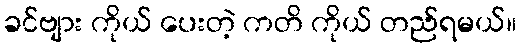
ခင်ဗျား ကိုယ် ပေးတဲ့ ကတိ ကိုယ် တည်ရမယ်။